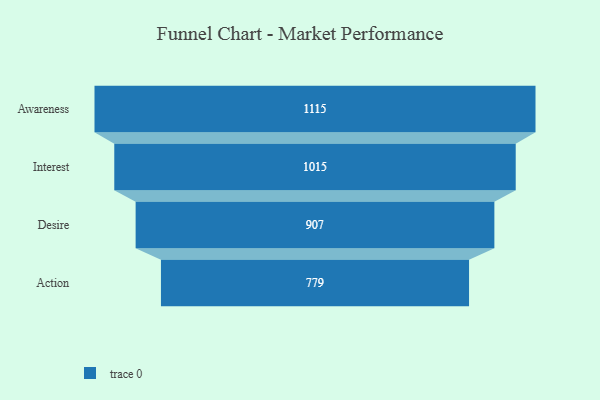
{"axis": {"x": "Stage", "y": "Value"}, "legend": [""], "data": [{"x": "Awareness", "y": 1115.0, "type": ""}, {"x": "Interest", "y": 1015.0, "type": ""}, {"x": "Desire", "y": 907.0, "type": ""}, {"x": "Action", "y": 779.0, "type": ""}]}